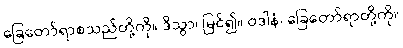
ခြေတော်ရာစသည်တို့ကို။ ဒိသွာ၊ မြင်၍။ ဝဒါနံ၊ ခြေတော်ရာတို့ကို။